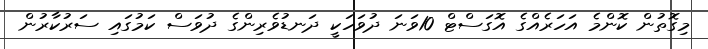
މިގޮތުން ކޮންމެ އަހަރެއްގެ އޮގަސްޓް 10ވަނަ ދުވަހަކީ ދަނޑުވެރިންގެ ދުވަސް ކަމުގައި ސަރުކާރުން